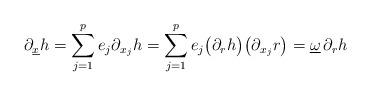
LaTeX: \begin{align*}\partial_{\underline x}h&=\sum_{j=1}^pe_j\partial_{x_j}h=\sum_{j=1}^pe_j\big(\partial_rh\big)\big(\partial_{x_j}r\big)=\underline\omega\,\partial_rh\end{align*}